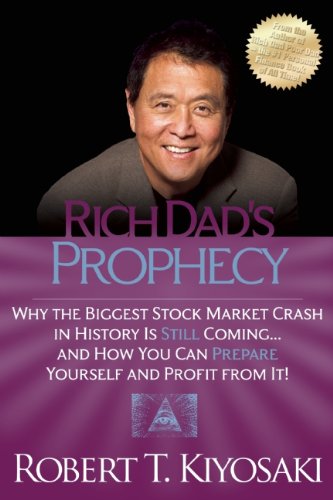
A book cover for Rich Dad's Prophecy: Why the Biggest Stock Market Crash in History Is Still Coming...And How You Can Prepare Yourself and Profit from It!; Robert T. Kiyosaki; Business & Money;